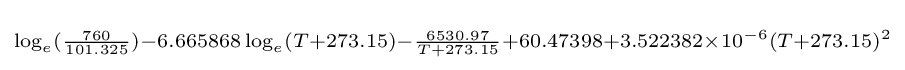
\scriptstyle \log _{e}({\frac {760}{101.325}})-6.665868\log _{e}(T+273.15)-{\frac {6530.97}{T+273.15}}+60.47398+3.522382\times 10^{-6}(T+273.15)^{2}